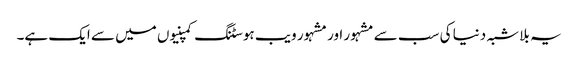
یہ بلا شبہ دنیا کی سب سے مشہور اور مشہور ویب ہوسٹنگ کمپنیوں میں سے ایک ہے۔